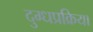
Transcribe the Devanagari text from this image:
दुग्धप्रक्रिया